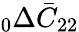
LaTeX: \phantom{}_{0}\Delta\bar{C}_{22}